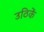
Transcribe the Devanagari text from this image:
उठिकें